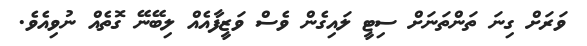
ވަރަށް ގިނަ ތަންތަނަށް ސިޓީ ލައިގެން ވެސް ވަޒީފާއެއް ލިބޭނޭ ގޮތެއް ނުވިއެވެ.